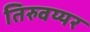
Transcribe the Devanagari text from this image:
तिरुवय्यर